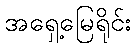
အရှေ့မြေရိုင်း